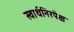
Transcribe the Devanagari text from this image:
स्वार्थनिरपेक्ष